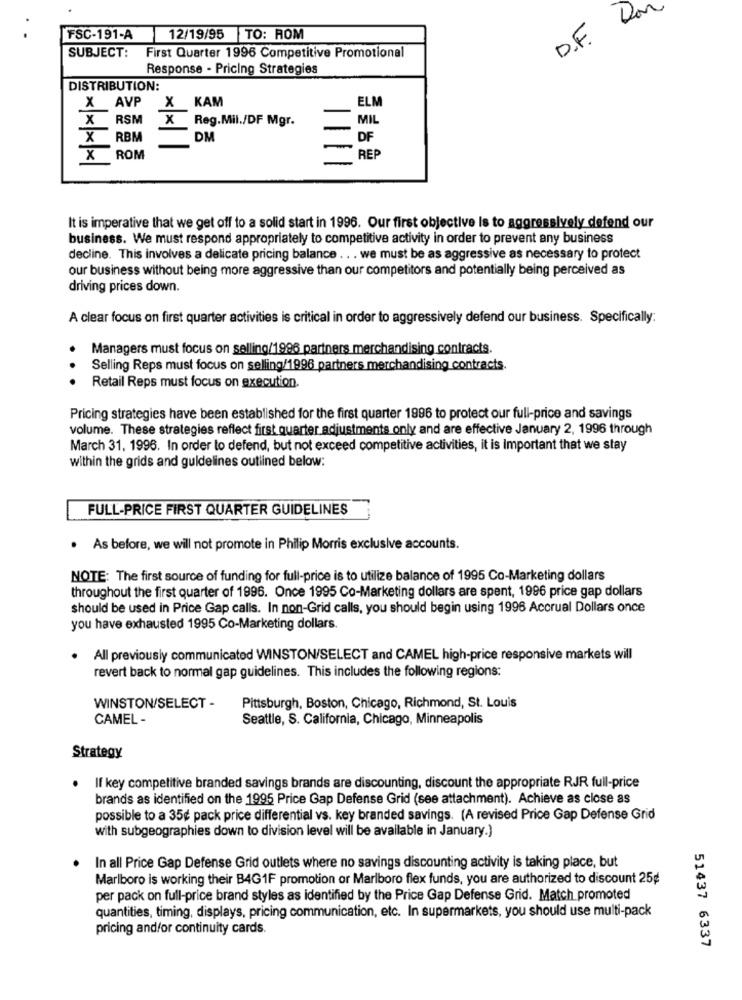
Don
FSC-191-A
12/19/95 TO: ROM
D.F
SUBJECT: First Quarter 1996 Competitive Promotional
Response - Pricing Strategies
DISTRIBUTION:
X
AVP
X KAM
ELM
X
RSM
X Reg.Mil./DF Mgr.
MIL
X
RBM
DM
DF
X
ROM
REP
It is imperative that we get off to a solid start in 1996. Our first objective is to aggressively defend our
business. We must respond appropriately to competitive activity in order to prevent any business
decline. This involves a delicate pricing balance .. . we must be as aggressive as necessary to protect
our business without being more aggressive than our competitors and potentially being perceived as
driving prices down.
A clear focus on first quarter activities is critical in order to aggressively defend our business. Specifically:
Managers must focus on selling/1996 partners merchandising contracts.
Selling Reps must focus on selling/1996 partners merchandising contracts.
...
Retail Reps must focus on execution.
Pricing strategies have been established for the first quarter 1996 to protect our full-price and savings
volume. These strategies reflect first quarter adjustments only and are effective January 2, 1996 through
March 31, 1996. In order to defend, but not exceed competitive activities, it is Important that we stay
within the grids and guidelines outlined below:
FULL-PRICE FIRST QUARTER GUIDELINES
· As before, we will not promote in Philip Morris exclusive accounts.
NOTE: The first source of funding for full-price is to utilize balance of 1995 Co-Marketing dollars
throughout the first quarter of 1996. Once 1995 Co-Marketing dollars are spent, 1996 price gap dollars
should be used in Price Gap calls. In non-Grid calls, you should begin using 1996 Accrual Dollars once
you have exhausted 1995 Co-Marketing dollars.
. All previously communicated WINSTON/SELECT and CAMEL high-price responsive markets will
revert back to normal gap guidelines. This includes the following regions:
WINSTON/SELECT -
Pittsburgh, Boston, Chicago, Richmond, St. Louis
CAMEL -
Seattle, S. California, Chicago, Minneapolis
Strategy
. If key competitive branded savings brands are discounting, discount the appropriate RJR full-price
brands as identified on the 1995 Price Gap Defense Grid (see attachment). Achieve as close as
possible to a 35g pack price differential vs. key branded savings. (A revised Price Gap Defense Grid
with subgeographies down to division level will be available in January.)
In all Price Gap Defense Grid outlets where no savings discounting activity is taking place, but
Marlboro is working their B4G1F promotion or Marlboro flex funds, you are authorized to discount 25¢
per pack on full-price brand styles as identified by the Price Gap Defense Grid. Match promoted
quantities, timing, displays, pricing communication, etc. In supermarkets, you should use multi-pack
pricing and/or continuity cards.
51437 6337